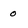
Character: 0